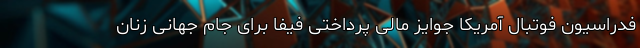
فدراسیون فوتبال آمریکا جوایز مالی پرداختی فیفا برای جام جهانی زنان